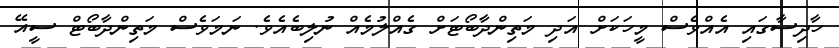
ހާދިސާގައި އެއްވެސް މީހަކަށް އަދި މަތިންދާބޯޓަަށް ގެއްލުމެއް ނުލިބެއެވެ. ނަމަވެސް މަތިންދާބޯޓް ސީއޭ